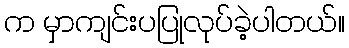
က မှာကျင်းပပြုလုပ်ခဲ့ပါတယ်။